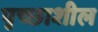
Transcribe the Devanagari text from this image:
पृच्छाशील